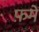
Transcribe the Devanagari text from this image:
फ़में